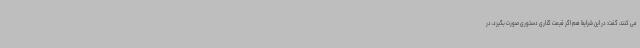
می کنند، گفت: در این شرایط هم اگر قیمت گذاری دستوری صورت بگیرد، در